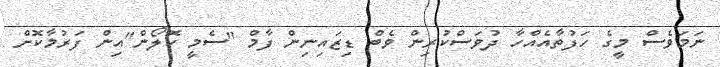
ނަމަވެސް މީގެ ހަފުތާއެއްހާ ދުވަސްކުރިން ވެބް ޑިޒައިނިން ފާމް "ސެމީ ކޮލޯން"އިން ފަރުމާކޮށް